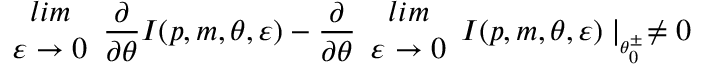
\begin{array} { c } { { l i m } } \\ { { \varepsilon \rightarrow 0 } } \end{array} \frac { \partial } { \partial \theta } I ( p , m , \theta , \varepsilon ) - \frac { \partial } { \partial \theta } \begin{array} { c } { { l i m } } \\ { { \varepsilon \rightarrow 0 } } \end{array} I ( p , m , \theta , \varepsilon ) \mid _ { _ { \theta _ { 0 } ^ { \pm } } } \neq 0